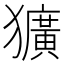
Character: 獷